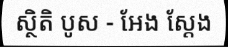
ស្ថិតិ បូស - អែង ស្តែង